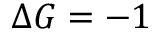
\Delta G = - 1